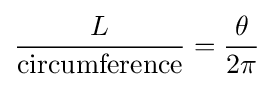
{\frac {L}{\mathrm {circumference} }}={\frac {\theta }{2\pi }}